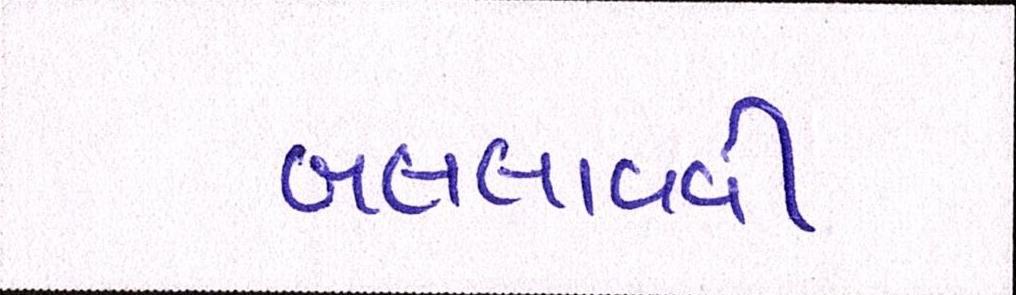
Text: બદલાવવી